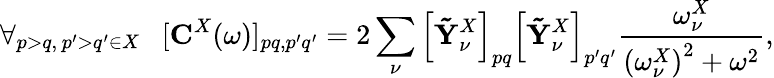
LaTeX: \forall_{p>q,\, p^{\prime}>q^{\prime}\in X}\ \ \ [{\mathbf C}^{X}(\omega)]_{pq,p^{\prime}q^{\prime}}=2\sum_{\nu}\left[\mathbf{\tilde{Y}}_{\nu}^{X}\right]_{pq}\left[\mathbf{\tilde{Y}}_{\nu}^{X}\right]_{p^{\prime}q^{\prime}}\frac{\omega_{\nu}^{X}}{\left(\omega_{\nu}^{X}\right)^{2}+\omega^{2}},